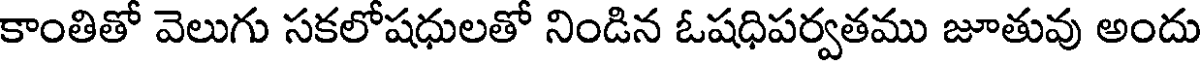
కాంతితో వెలుగు సకలోషధులతో నిండిన ఓషధిపర్వతము జూతువు అందు